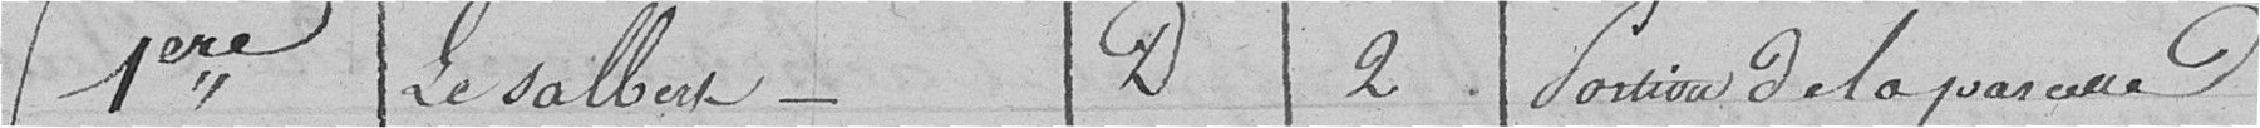
1ere Le Salbert D 2 Portion de la parcelle